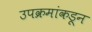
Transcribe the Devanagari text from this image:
उपक्रमांकडून